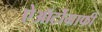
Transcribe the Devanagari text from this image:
ऐऑर्टोग्राफी